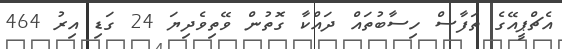
އެޗްޕީއޭގެ ތަފާސް ހިސާބުތައް ދައްކާ ގޮތުން ވޭތިވެދިޔަ 24 ގަޑި އިރު 464